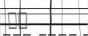
٤٤